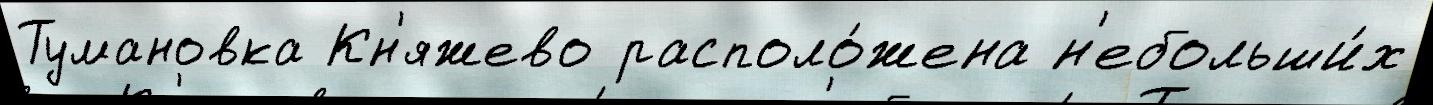
Тумановка Кн'яжево располо́жена н'ебольши́х